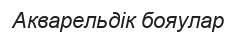
Акварельдік бояулар